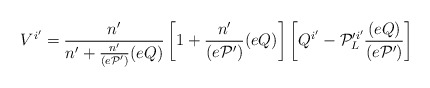
\begin{align*}V^{i'} = \frac{n'}{n'+\frac{n'}{(e{\cal P}')}(eQ)} \left[1+\frac{n'}{(e{\cal P}')} (eQ)\right] \left[Q^{i'} - {\cal P}'^{i'}_{L}\frac{(eQ)}{(e{\cal P}')}\right] \end{align*}